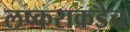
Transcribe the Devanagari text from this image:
लष्कराकडेच